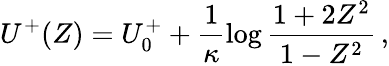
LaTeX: U^{+}(Z)=U_{0}^{+}+\frac{1}{\kappa}\log\frac{1+2Z^{2}}{1-Z^{2}}\, ,